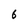
Character: 6